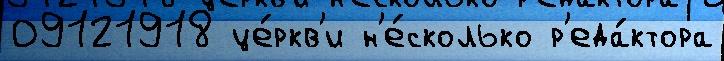
09121918 це́ркв'и н'е́сколько р'еда́ктора